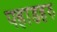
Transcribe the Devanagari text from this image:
पहाडहरु